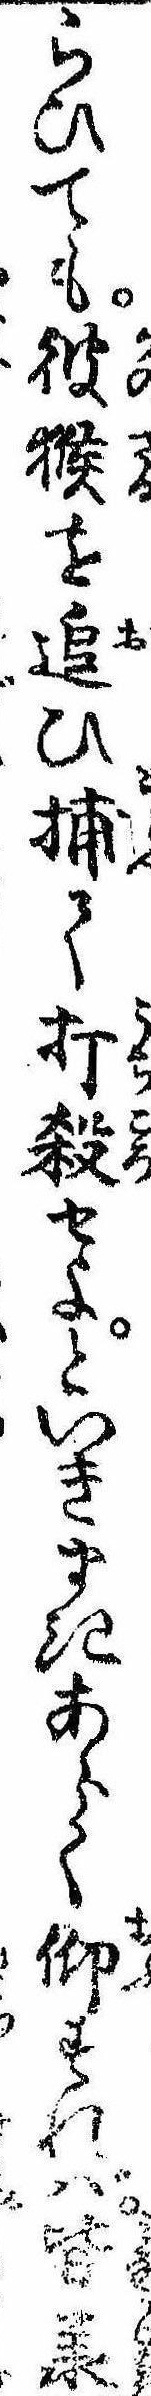
らひても彼猴を追ひ捕て打殺せよといきまきあらく仰すれば皆承